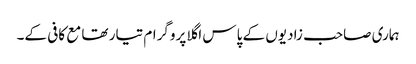
ہماری صاحب زادیوں کے پاس اگلا پروگرام تیار تھا مع کافی کے۔